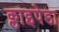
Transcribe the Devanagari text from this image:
क्लाइपेडा